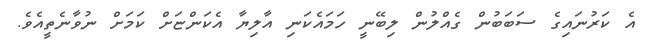
އެ ކަރުނައިގެ ސަބަބުން ގެއްލުން ލިބޭނީ ހަމައެކަނި އާލިޔާ އެކަންޏަށް ކަމަށް ނުވާނެތީއެވެ.